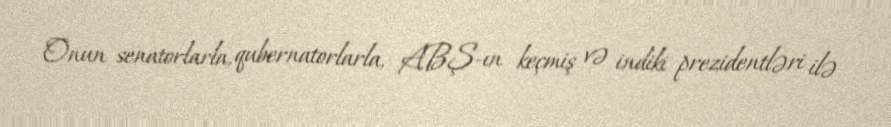
Onun senatorlarla, qubernatorlarla, ABŞ-ın keçmiş və indiki prezidentləri ilə